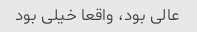
عالی بود، واقعا خیلی بود